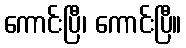
ကောင်းပြီ၊ ကောင်းပြီ။